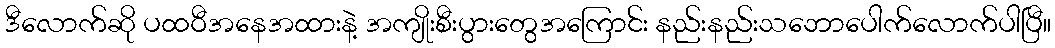
ဒီလောက်ဆို ပထဝီအနေအထားနဲ့ အကျိုးစီးပွားတွေအကြောင်း နည်းနည်းသဘောပေါက်လောက်ပါပြီ။